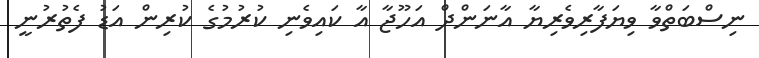
ނިސްބަތްވާ ވިޔަފާރިވެރިޔާ އާނަންދް އަހޫޖާ އާ ކައިވެނި ކުރުމުގެ ކުރިން އަޑު ފެތުރުނީ